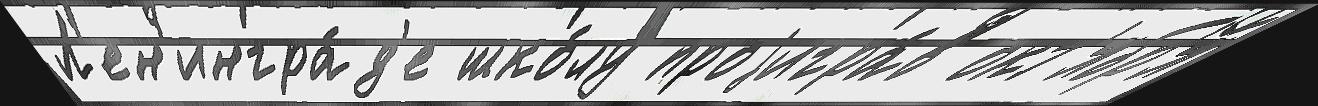
Л'ен'ингра́д'е шко́лу проjигра́в окт'ябр'я́